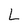
Character: L